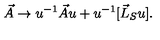
\vec { A } \rightarrow u ^ { - 1 } \vec { A } u + u ^ { - 1 } [ \vec { L } _ { S } u ] .